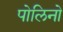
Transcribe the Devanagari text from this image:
पोलिनो